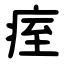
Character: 痓